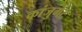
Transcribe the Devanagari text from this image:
कांजुगेट